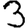
Digit: 3